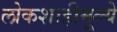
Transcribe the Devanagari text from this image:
लोकशाहीमूल्ये